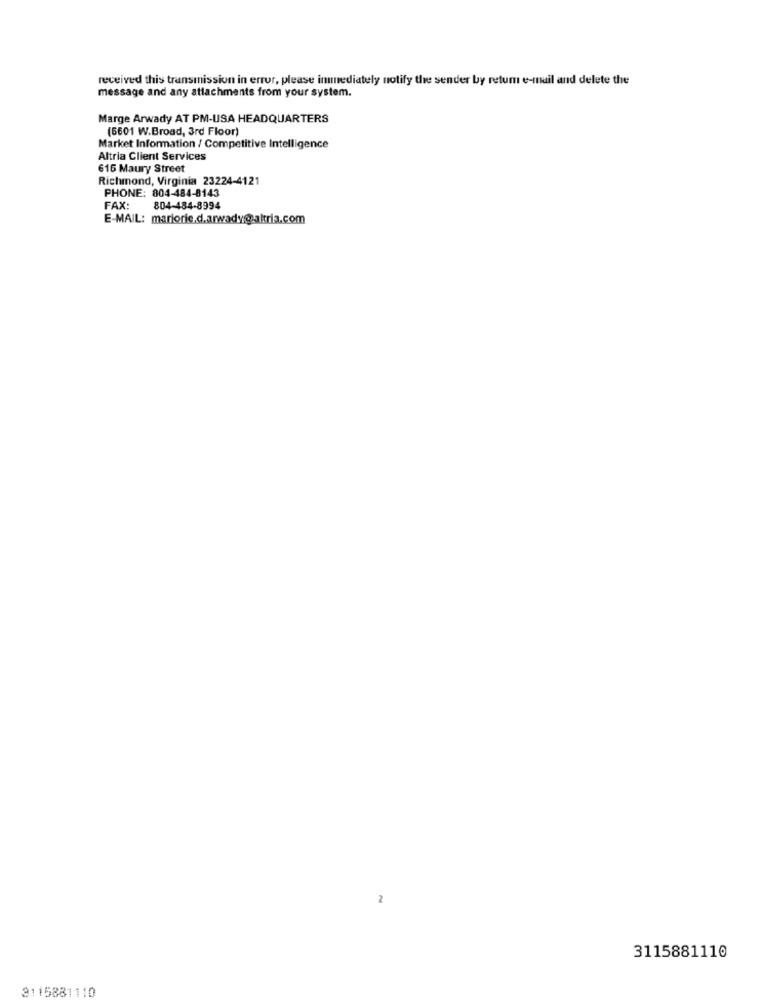
received this transmission in error, please immediately notify the sender by return e-mail and delete the
message and any attachments from your system.
Marge Arwady AT PM-USA HEADQUARTERS
(5601 W.Broad, 3rd Floor)
Market Information / Competitive Intelligence
Altria Client Services
616 Maury Street
Richmond, Virginia 23224-4121
PHONE: 804-484-8143
FAX:
804-484-8994
E-MAIL: marjorie.d.arwady@.altria.com
2
3115881110
3115881110